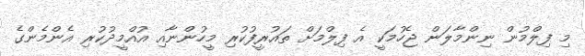
މި ފިލްމުން ނިންމާލަން ޖެހުމަކީ އެ ފިލްމަށް ތައުރީފުކުރި މީހުންނާއި އުއްމީދުކުރި އެންމެންގެ